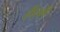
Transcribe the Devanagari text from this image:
हीतही